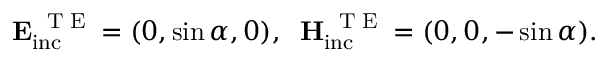
\mathbf { E _ { \mathrm { i n c } } ^ { \mathrm { ~ \tiny ~ T ~ E ~ } } } = ( 0 , \sin \alpha , 0 ) , \; \; \mathbf { H _ { \mathrm { i n c } } ^ { \mathrm { ~ \tiny ~ T ~ E ~ } } } = ( 0 , 0 , - \sin \alpha ) .